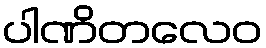
ပါဏိတလေဝ